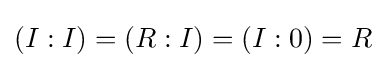
(I:I)=(R:I)=(I:0)=R